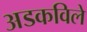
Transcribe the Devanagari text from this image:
अडकविले